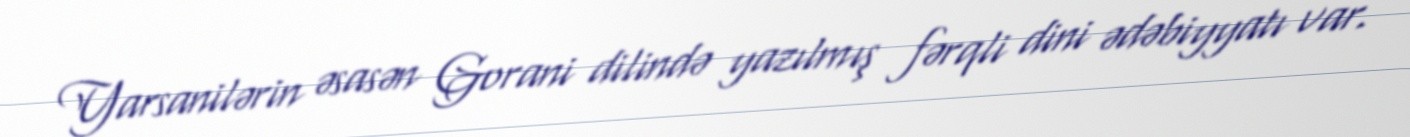
Yarsanilərin əsasən Gorani dilində yazılmış fərqli dini ədəbiyyatı var.